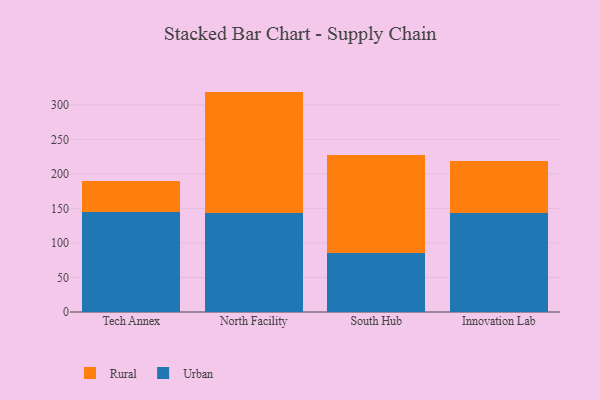
{"axis": {"x": "Campus", "y": "Shipments"}, "legend": ["Rural", "Urban"], "data": [{"x": "Tech Annex", "y": 144.5, "type": "Urban"}, {"x": "Tech Annex", "y": 44.5, "type": "Rural"}, {"x": "North Facility", "y": 143.8, "type": "Urban"}, {"x": "North Facility", "y": 175.3, "type": "Rural"}, {"x": "South Hub", "y": 85.2, "type": "Urban"}, {"x": "South Hub", "y": 142.8, "type": "Rural"}, {"x": "Innovation Lab", "y": 143.7, "type": "Urban"}, {"x": "Innovation Lab", "y": 75.2, "type": "Rural"}]}